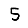
Digit: 5